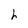
Character: h